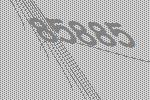
85885